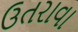
ઉતરાવા